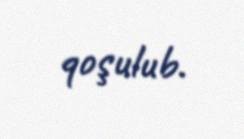
qoşulub.